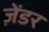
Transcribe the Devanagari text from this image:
ज़ेंडर